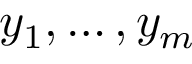
y _ { 1 } , \ldots , y _ { m }